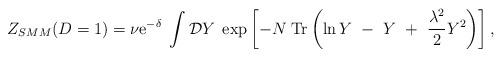
LaTeX: \begin{align*}Z_{SMM}(D=1)=\nu{\rm e}^{-\delta}\;\int{\cal D}Y\;\exp\left[-N\;{\rm Tr}\left(\ln Y~-~Y~+~{\lambda^2\over2}Y^2\right)\right],\end{align*}